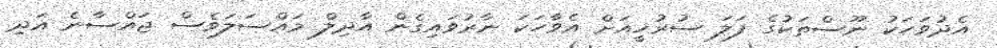
އެދުވަހަކު ނޫސްތަކުގެ ފަލަ ސުރުޚީއަށް އެވާހަކަ ނާރުވައިގެން އާދިލް މައްސަލަވެސް ޖައްސާނެ އަދި